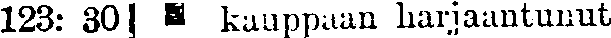
123: 30 | # kauppaan harjaantunut